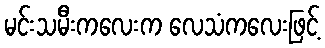
မင်းသမီးကလေးက လေသံကလေးဖြင့်